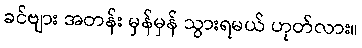
ခင်ဗျား အတန်း မှန်မှန် သွားရမယ် ဟုတ်လား။